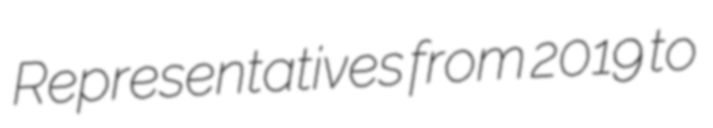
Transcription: Representatives from 2019 to